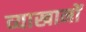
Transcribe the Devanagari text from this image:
व्याखानों